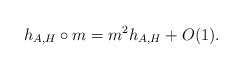
\begin{align*} h_{A,H}\circ m = m^2 h_{A,H}+O(1).\end{align*}